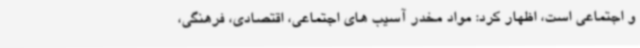
و اجتماعی است، اظهار کرد: مواد مخدر آسیب های اجتماعی، اقتصادی، فرهنگی،